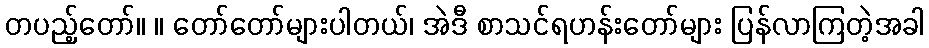
တပည့်တော်။ ။ တော်တော်များပါတယ်၊ အဲဒီ စာသင်ရဟန်းတော်များ ပြန်လာကြတဲ့အခါ